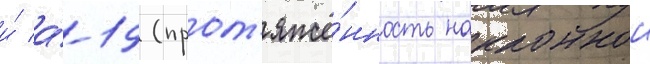
и́ а́-19 (прот'яжё́нность наклоннои